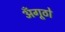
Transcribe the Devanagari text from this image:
अँगूठो